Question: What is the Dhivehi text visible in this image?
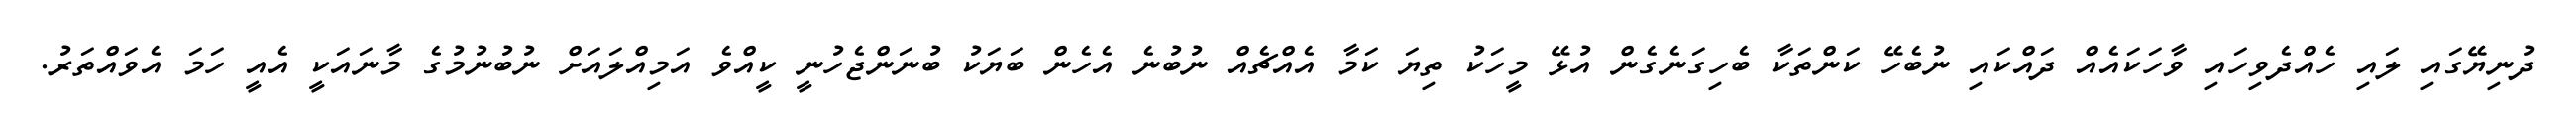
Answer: ދުނިޔޭގައި ލައި ހެއްދެވިހައި ވާހަކައެއް ދައްކައި ނުބެހޭ ކަންތަކާ ބެހިގަނެގެން އުޅޭ މީހަކު ތިޔަ ކަމާ އެއްޗެއް ނުބުނެ އެހެން ބަޔަކު ބުނަންޖެހުނީ ކީއްވެ އަމިއްލައަށް ނުބުނުމުގެ މާނައަކީ އެއީ ހަމަ އެވައްތަރު.